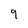
Character: 9